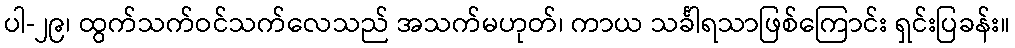
ပါ-၂၉၊ ထွက်သက်ဝင်သက်လေသည် အသက်မဟုတ်၊ ကာယ သင်္ခါရသာဖြစ်ကြောင်း ရှင်းပြခန်း။